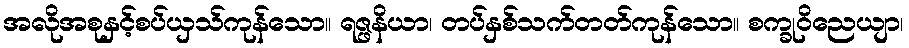
အလိုအစုနှင့်စပ်ယှသ်ကုန်သော။ ရဇ္ဖနိယာ၊ တပ်နှစ်သက်တတ်ကုန်သော။ စက္ခုဝိညေယျာ၊